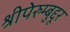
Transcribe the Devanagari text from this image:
श्रीपेरुम्बुद्दूर